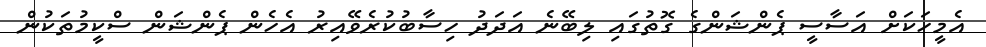
އެމީހަކަށް އަސާސީ ޕެންޝަންގެ ގޮތުގައި ލިބޭނެ އަދަދު ހިސާބުކުރެވޭއިރު އެހެން ޕެންޝަން ސްކީމުތަކުން